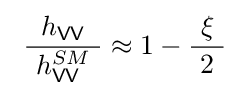
\ {\frac {h_{\mathsf {VV}}}{~h_{\mathsf {VV}}^{SM}\ }}\approx 1-{\frac {\xi }{\ 2\ }}~